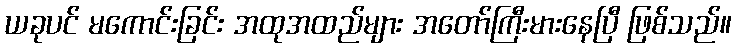
ယခုပင် မကောင်းခြင်း အထုအထည်များ အတော်ကြီးမားနေပြီ ဖြစ်သည်။